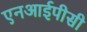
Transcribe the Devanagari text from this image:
एनआईपीसी